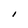
Character: I